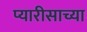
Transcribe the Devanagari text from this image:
प्यारीसाच्या